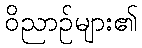
ဝိညာဉ်များ၏